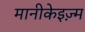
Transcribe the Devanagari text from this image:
मानीकेइज़्म